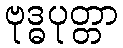
ဗုဒ္ဓပုတ္တာ